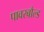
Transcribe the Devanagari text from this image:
पावरबौल्ड